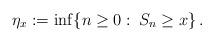
LaTeX: \begin{align*}\eta_x := \inf \{n \geq 0 :\: S_n \geq x \} \,.\end{align*}